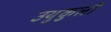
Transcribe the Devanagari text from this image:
उथुकुली